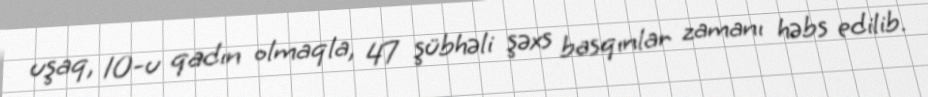
uşaq, 10-u qadın olmaqla, 47 şübhəli şəxs basqınlar zamanı həbs edilib.